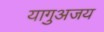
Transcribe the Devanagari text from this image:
यागुअजय